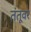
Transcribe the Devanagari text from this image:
तंतूवर